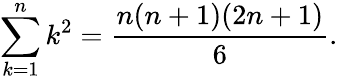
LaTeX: \sum_{k=1}^{n}k^{2}=\frac{n(n+1)(2n+1)}{6}.